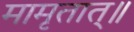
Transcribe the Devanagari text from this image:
मामृतात्॥